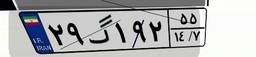
۴۷گ۶۷۸۰۱